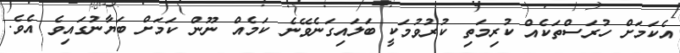
އެކަމަށް ހުރަސްތަކެއް ކުރިމަތި ކުރުވުމަކީ ބަލައިގަނެވޭނެ ކަމެއް ނޫން ކަމަށް ބަޔާނުގައިވެ އެވެ.